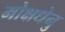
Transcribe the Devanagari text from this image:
मोक्षधेनु